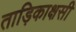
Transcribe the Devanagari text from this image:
ताड़िकाक्षसी